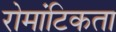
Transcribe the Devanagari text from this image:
रोमांटिकता